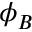
\phi _ { B }